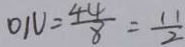
0 N = \frac { 4 4 } { 8 } = \frac { 1 1 } { 2 }